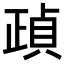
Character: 𣦓